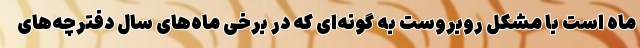
ماه است با مشکل روبروست به گونه‌ای که در برخی ماه‌های سال دفترچه‌های